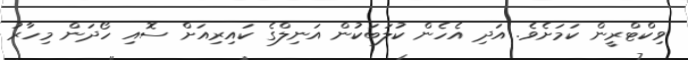
ވިކްޓްރީން ކަމަށެވެ. އަދި އެހެން ކުލަބަކުން އަނިލްގެ ކައިރިއަށް ސޮއި ހޯދަން މިހާރު